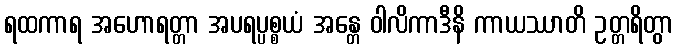
ရထကာရ အဟောရတ္တာ အပရပ္ပစ္စယံ အန္တေ ဝါလိကာဒီနိ ကာယဿာတိ ဥတ္တရိတွာ